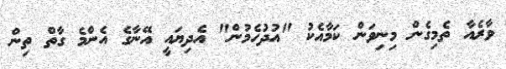
ވާރެއާ ތެމިގެން މިނިވަން ކަމާއެކު "އުދުހެމުން" އެދިޔައީ އޭނާގެ އެންމެ ގާތް ތިން